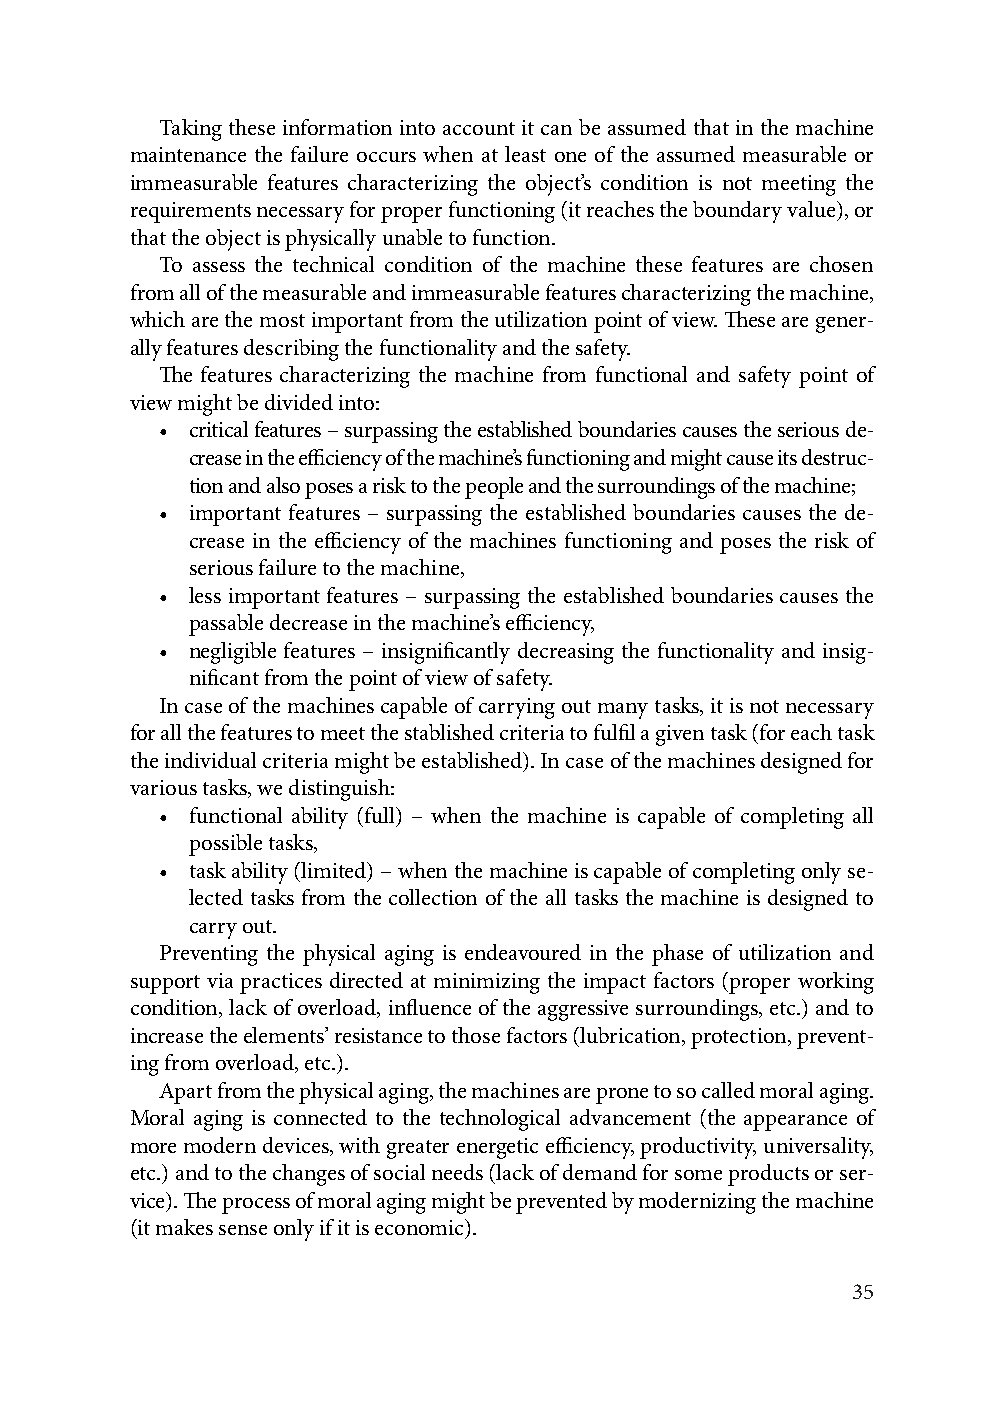
Taking these information into account it can be assumed that in the machine
 maintenance the failure occurs when at least one of the assumed measurable or
 immeasurable features characterizing the object’s condition is not meeting the
 requirements necessary for proper functioning (it reaches the boundary value), or
 that the object is physically unable to function.
 To assess the technical condition of the machine these features are chosen
 from all of the measurable and immeasurable features characterizing the machine,
 which are the most important from the utilization point of view. These are gener-
 ally features describing the functionality and the safety.
 The features characterizing the machine from functional and safety point of
 view might be divided into:
 • critical features – surpassing the established boundaries causes the serious de-
 crease in the efficiency of the machine’s functioning and might cause its destruc-
 tion and also poses a risk to the people and the surroundings of the machine;
 • important features – surpassing the established boundaries causes the de-
 crease in the efficiency of the machines functioning and poses the risk of
 serious failure to the machine,
 • less important features – surpassing the established boundaries causes the
 passable decrease in the machine’s efficiency,
 • negligible features – insignificantly decreasing the functionality and insig-
 nificant from the point of view of safety.
 In case of the machines capable of carrying out many tasks, it is not necessary
 for all the features to meet the stablished criteria to fulfil a given task (for each task
 the individual criteria might be established). In case of the machines designed for
 various tasks, we distinguish:
 • functional ability (full) – when the machine is capable of completing all
 possible tasks,
 • task ability (limited) – when the machine is capable of completing only se-
 lected tasks from the collection of the all tasks the machine is designed to
 carry out.
 Preventing the physical aging is endeavoured in the phase of utilization and
 support via practices directed at minimizing the impact factors (proper working
 condition, lack of overload, influence of the aggressive surroundings, etc.) and to
 increase the elements’ resistance to those factors (lubrication, protection, prevent-
 ing from overload, etc.).
 Apart from the physical aging, the machines are prone to so called moral aging.
 Moral aging is connected to the technological advancement (the appearance of
 more modern devices, with greater energetic efficiency, productivity, universality,
 etc.) and to the changes of social needs (lack of demand for some products or ser-
 vice). The process of moral aging might be prevented by modernizing the machine
 (it makes sense only if it is economic).
 35